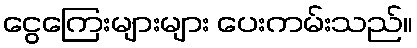
ငွေကြေးများများ ပေးကမ်းသည်။